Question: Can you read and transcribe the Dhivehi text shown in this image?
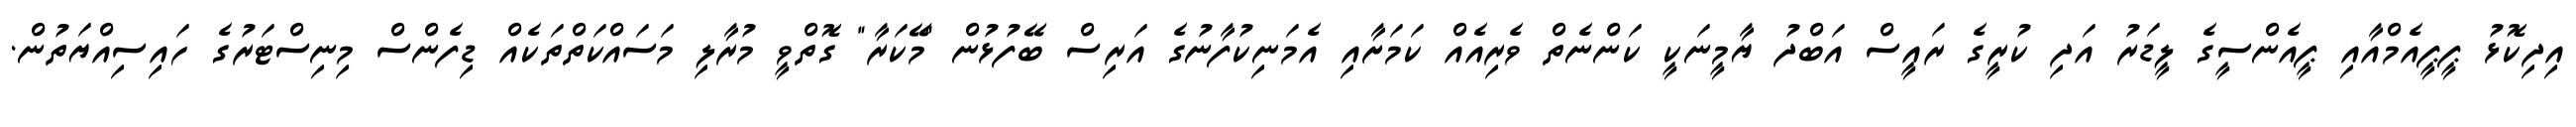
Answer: އިދިކޮޅު ޕީޕީއެމްއާއި ޕީއެންސީގެ ލީޑަރު އަދި ކުރީގެ ރައީސް އަބްދު ޔާމީނަކީ ކަންނެތް ވެރިއެއް ކަމަށާއި އެމަނިކުފާނުގެ އަރިސް ބޭފުޅުން "މޭކަރާ" ގޮތްވީ މުރާލި މަސައްކަތްތަކެއް ޑިފެންސް މިނިސްޓަރުގެ ހައިސިއްޔަތުން.